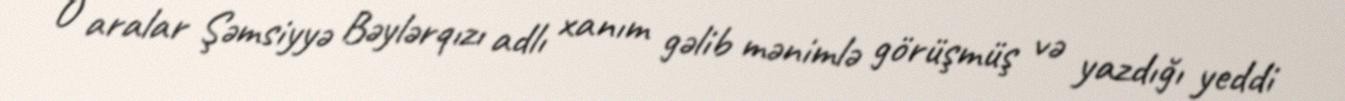
O aralar Şəmsiyyə Bəylərqızı adlı xanım gəlib mənimlə görüşmüş və yazdığı yeddi